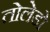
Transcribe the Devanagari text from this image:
तोलेडो